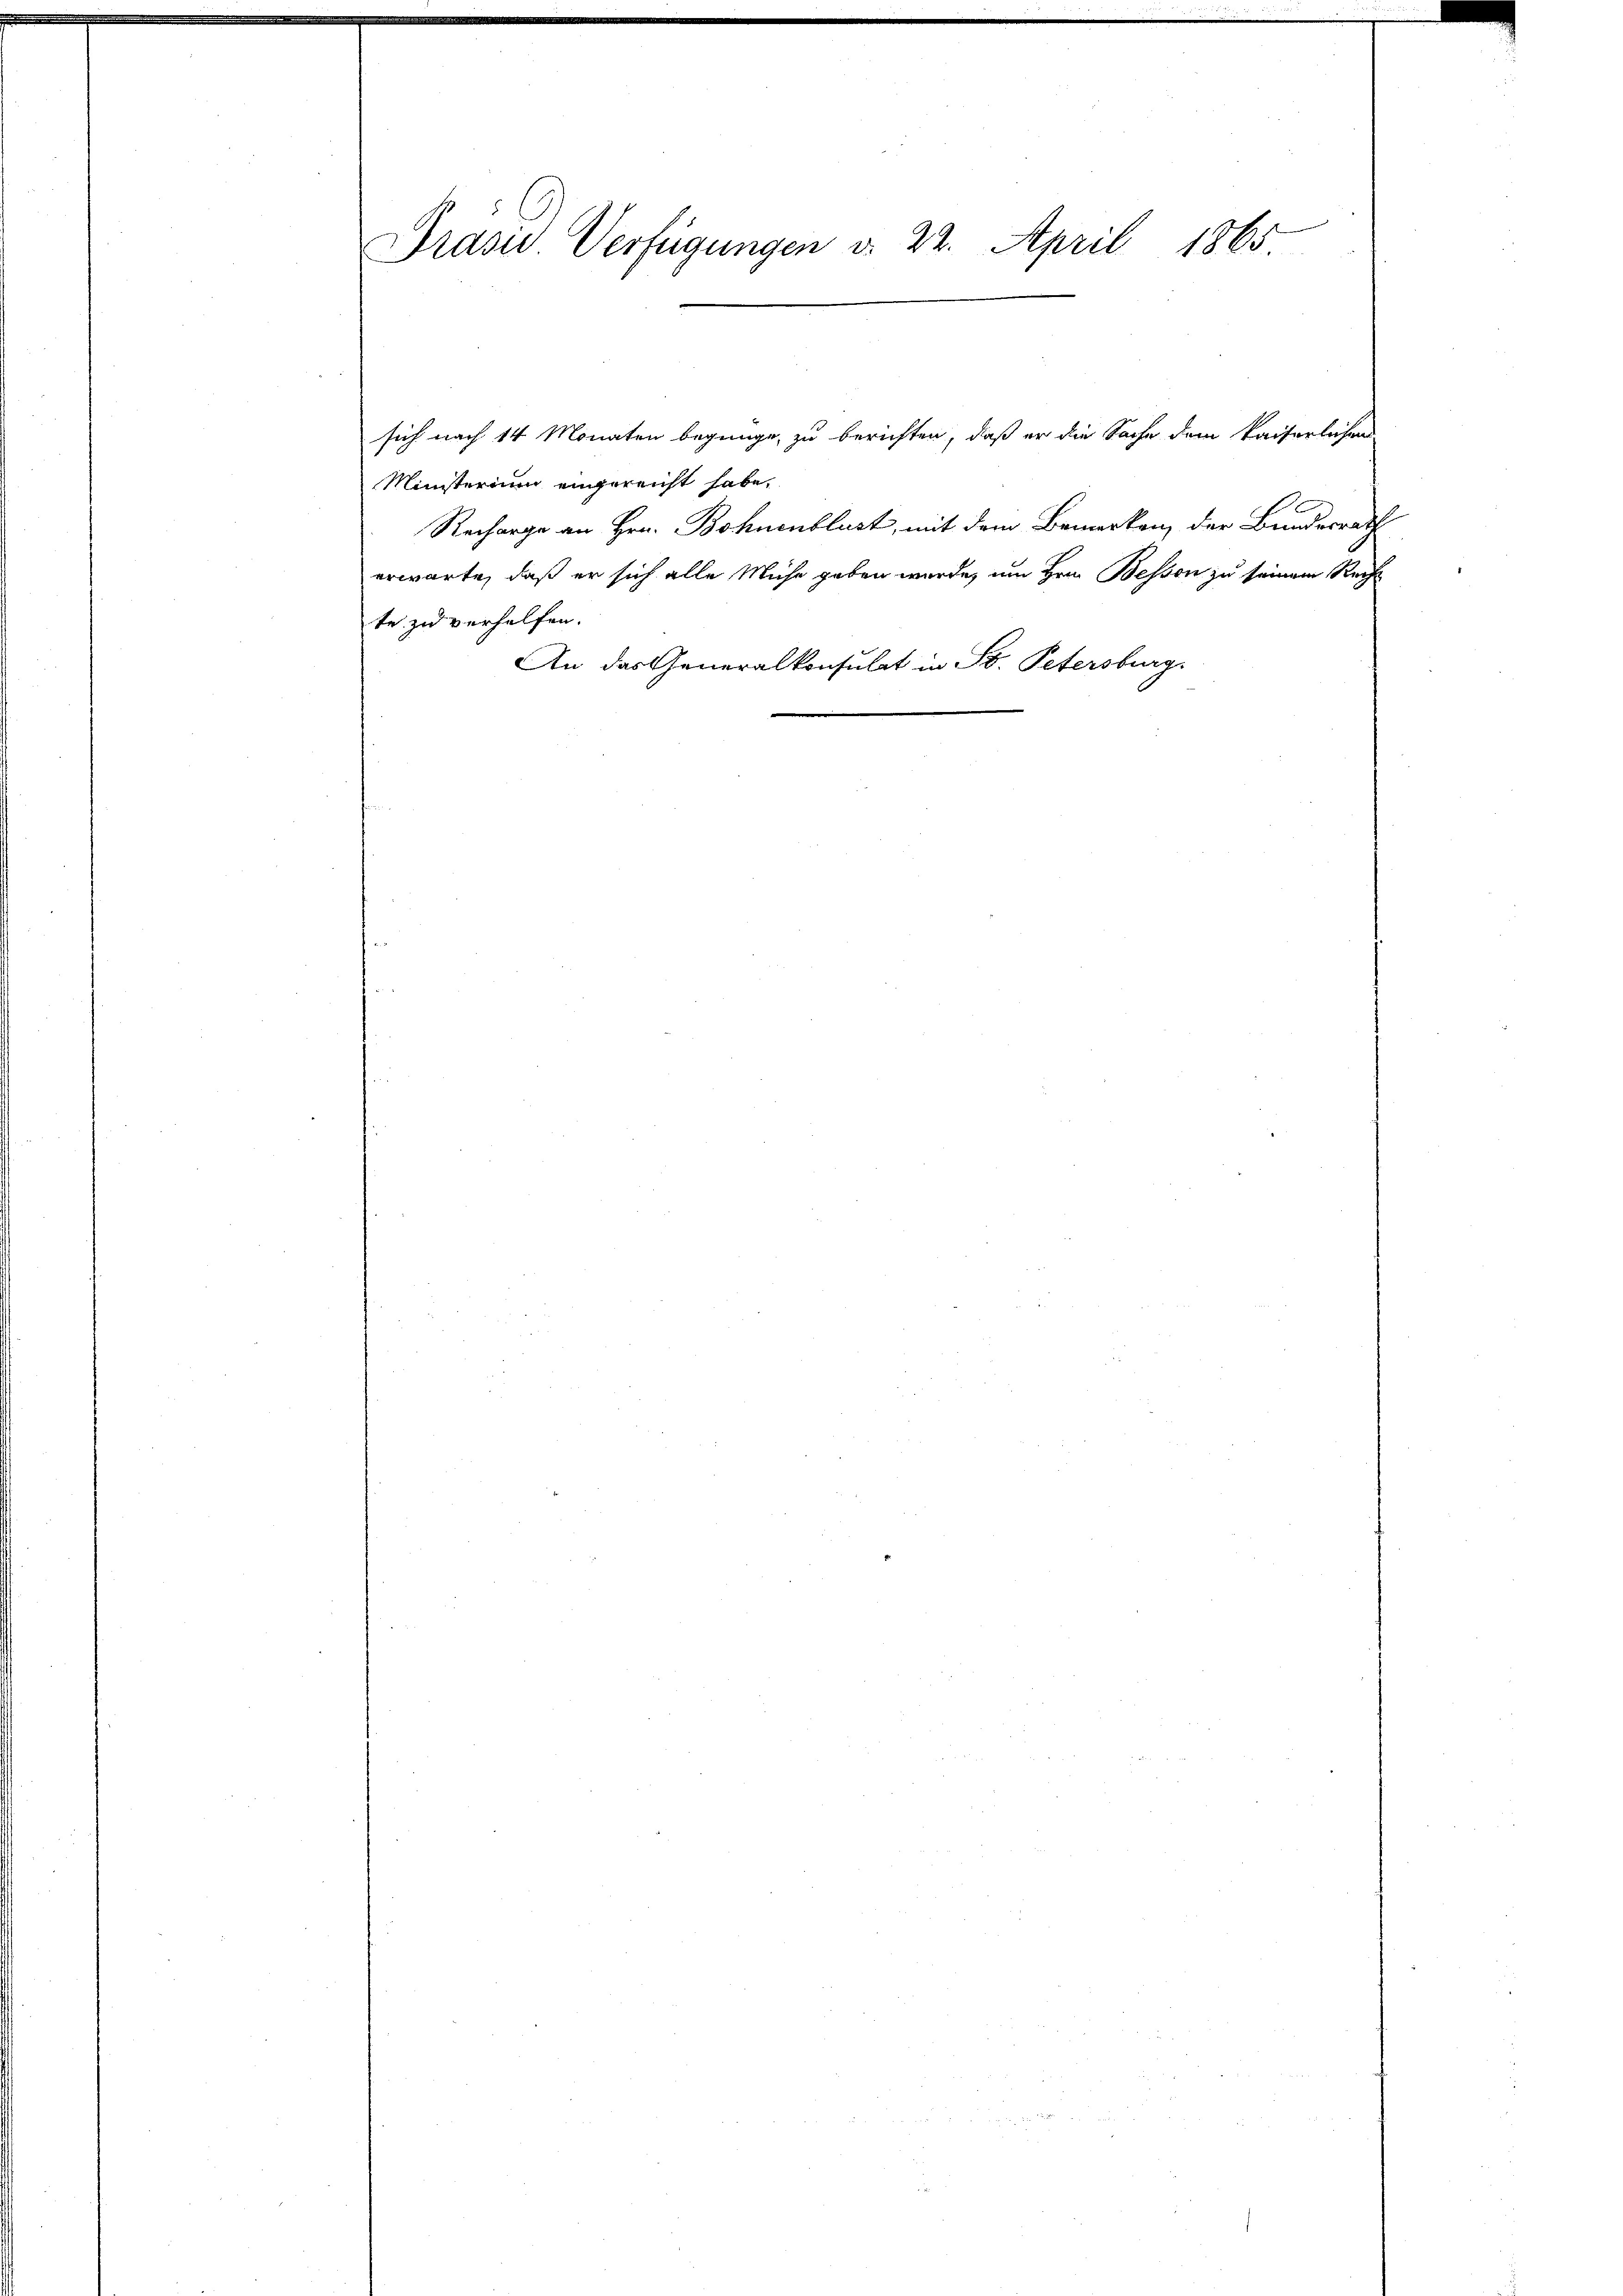
Präsid Verfügungen v. 22. April 1865.

sich nach 14 Monaten begnüge, zu berichten, daß er die Sache dem Kaiserlichen
Ministerium eingereicht habe.
Recharge an Hrn. Bohnenblust, mit dem Bemerken, der Bundesrath
erwarte, daß er sich alle Mühe geben wurde, um Hrn. Bessen zu seinem Rech
te zu verhelfen.
An das Generalkonsulat in St. Petersburg